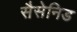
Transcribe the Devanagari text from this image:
सैसेनिड